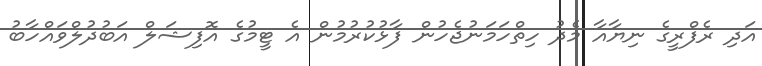
އަދި ރެފްރީގެ ނިޔާއާ މެދު ހިތްހަމަނުޖެހުން ފާޅުކުރުމުން އެ ޓީމުގެ އޮފިޝަލް އަބުދުލްވައްހާބު